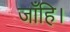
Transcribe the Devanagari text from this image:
जाँहि।